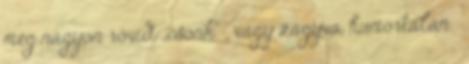
még nagyon rövid „csonk” , vagy zagyva, humortalan.